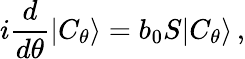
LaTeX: i{\frac{d}{d\theta}}|C_{\theta}\rangle=b_{0}S|C_{\theta}\rangle\, ,